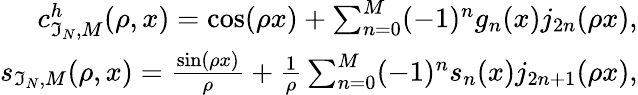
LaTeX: \begin{array}{r}{c_{\mathfrak{I}_{N},M}^{h}(\rho,x)=\cos(\rho x)+\sum_{n=0}^{M}(-1)^{n}g_{n}(x)j_{2n}(\rho x),}\\ {s_{\mathfrak{I}_{N},M}(\rho,x)=\frac{\sin(\rho x)}{\rho}+\frac{1}{\rho}\sum_{n=0}^{M}(-1)^{n}s_{n}(x)j_{2n+1}(\rho x),}\end{array}